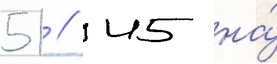
51 // 45 на́